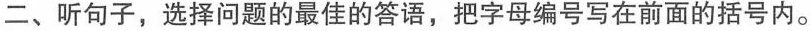
二、听句子,选择问题的最佳的答语,把字母编号写在前面的括号内。